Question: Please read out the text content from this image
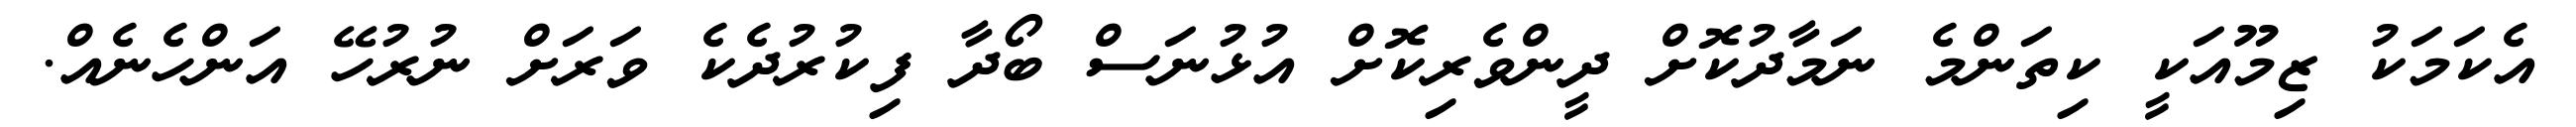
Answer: އެކަމަކު ޒިމޫއަކީ ކިތަންމެ ނަމާދުކޮށް ދީންވެރިކޮށް އުޅުނަސް ބޯދާ ފިކުރުދެކެ ވަރަށް ނުރުހޭ އަންހެނެއް.